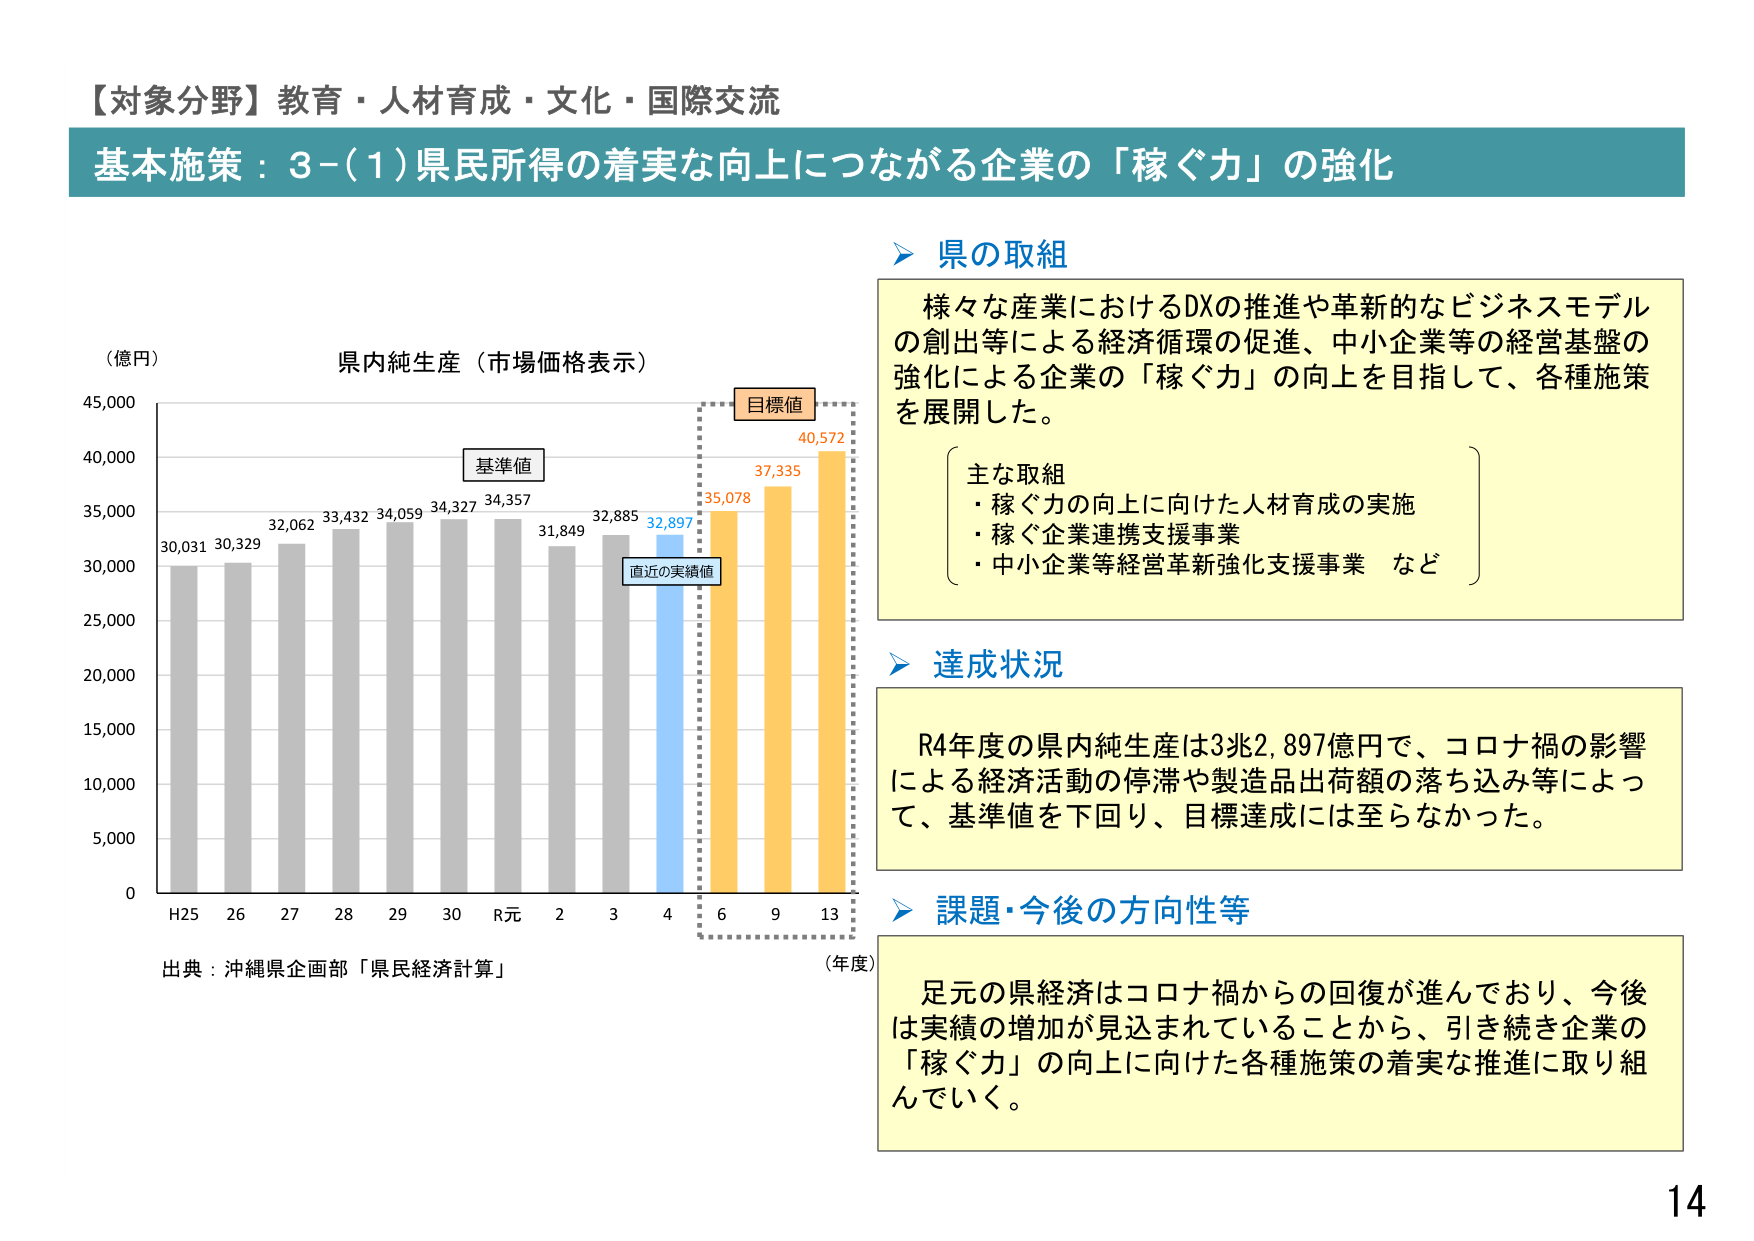
【対象分野】教育・人材育成・文化・国際交流
基本施策：3-(1)県民所得の着実な向上につながる企業の「稼ぐ力」の強化

（億円）
県内純生産（市場価格表示）
30,031 30,329 32,062 33,432 34,059 34,327 34,357 31,849 32,885 32,897 35,078 37,335 40,572
H25 26 27 28 29 30 R元 2 3 4 6 9 13
（年度）
基準値
目標値
直近の実績値
出典：沖縄県企画部「県民経済計算」

県の取組
様々な産業におけるDXの推進や革新的なビジネスモデルの創出等による経済循環の促進、中小企業等の経営基盤の強化による企業の「稼ぐ力」の向上を目指して、各種施策を展開した。
主な取組
・稼ぐ力の向上に向けた人材育成の実施
・稼ぐ企業連携支援事業
・中小企業等経営革新強化支援事業 など

達成状況
R4年度の県内純生産は3兆2,897億円で、コロナ禍の影響による経済活動の停滞や製造品出荷額の落ち込み等によって、基準値を下回り、目標達成には至らなかった。

課題・今後の方向性等
足元の県経済はコロナ禍からの回復が進んでおり、今後は実績の増加が見込まれていることから、引き続き企業の「稼ぐ力」の向上に向けた各種施策の着実な推進に取り組んでいく。

14